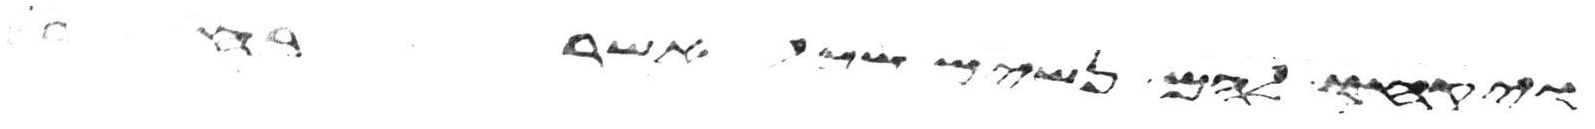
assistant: ויקחו להם נשים מכל אשר